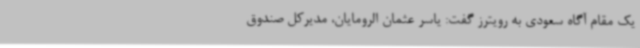
یک مقام آگاه سعودی به رویترز گفت: یاسر عثمان الرومایان، مدیرکل صندوق